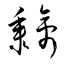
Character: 黐